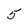
Character: 5